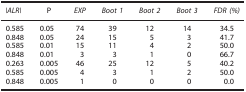
<table><thead><tr><td><b><i>|ALR|</i></b></td><td><b>P</b></td><td><b><i>EXP</i></b></td><td><b><i>Boot 1</i></b></td><td><b><i>Boot 2</i></b></td><td><b><i>Boot 3</i></b></td><td><b><i>FDR (%)</i></b></td></tr></thead><tbody><tr><td>0.585</td><td>0.05</td><td>74</td><td>39</td><td>12</td><td>14</td><td>34.5</td></tr><tr><td>0.848</td><td>0.05</td><td>24</td><td>15</td><td>5</td><td>3</td><td>41.7</td></tr><tr><td>0.585</td><td>0.01</td><td>15</td><td>11</td><td>4</td><td>2</td><td>50.0</td></tr><tr><td>0.848</td><td>0.01</td><td>3</td><td>3</td><td>1</td><td>0</td><td>66.7</td></tr><tr><td>0.263</td><td>0.005</td><td>46</td><td>25</td><td>12</td><td>5</td><td>40.2</td></tr><tr><td>0.585</td><td>0.005</td><td>4</td><td>3</td><td>1</td><td>2</td><td>50.0</td></tr><tr><td>0.848</td><td>0.005</td><td>1</td><td>0</td><td>0</td><td>0</td><td>0.0</td></tr></tbody></table>